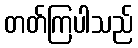
တတ်ကြပါသည်